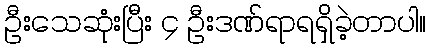
ဦးသေဆုံးပြီး ၄ ဦးဒဏ်ရာရရှိခဲ့တာပါ။